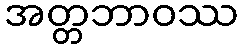
အတ္တဘာဝဿ